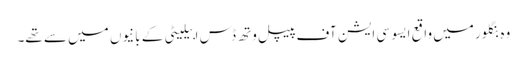
وہ بنگلور میں واقع ایسو سی ایشن آف پیپل وتھ ڈس ابیلیٹی کے بانیوں میں سے تھے۔